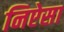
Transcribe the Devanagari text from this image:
निऐसा